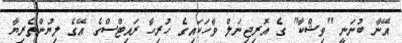
އޭނާ ބުނަނީ "ވިޝްކާ" ގެ އޮރިޖިނަލް ވާހަކައިގެ ހުރިހާ ރައިޓްސްގެ އޭގެ ލިޔުންތެރިޔާ